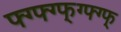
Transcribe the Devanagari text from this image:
फ्ग्फ्ग्फ्ग्फ्ग्फ्